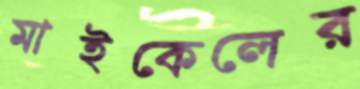
মাইকেলের